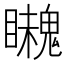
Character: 𩴈